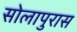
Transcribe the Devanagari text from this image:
सोलापुरास